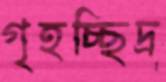
গৃহচ্ছিদ্র